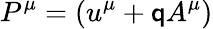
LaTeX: P^{\mu}=(u^{\mu}+\mathsf{q}A^{\mu})